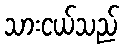
သားငယ်သည်